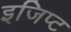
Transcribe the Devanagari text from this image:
इजिप्‍ट